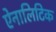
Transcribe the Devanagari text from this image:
ऐनालिटिक